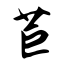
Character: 苣